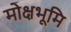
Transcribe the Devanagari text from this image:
मोक्षभूमि